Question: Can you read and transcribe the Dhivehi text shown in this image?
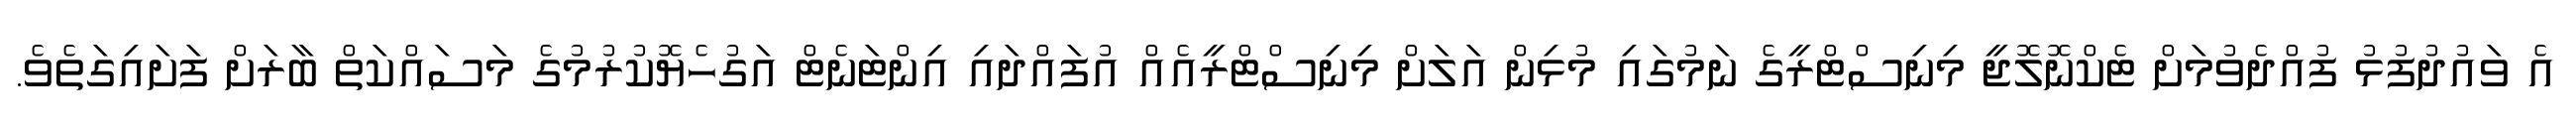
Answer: އެ ވައުދުފުޅު ފުއްދެވުމަށް ޓެކްނޮލޮޖީ މިނިސްޓްރީގެ ނަމުގައި މުޅިން އަލަށް މިނިސްޓްރީއެއް އުފައްދައި އިންޓަނެޓް އަގުހެޔޮކުރުމުގެ މަސައްކަތް ބާރަށް ފަށައިގަތެވެ.